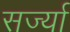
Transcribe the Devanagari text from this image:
सर्ज्या